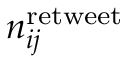
n _ { i j } ^ { \mathrm { r e t w e e t } }